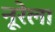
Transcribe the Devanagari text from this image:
नूरेला